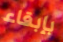
بإبقاء